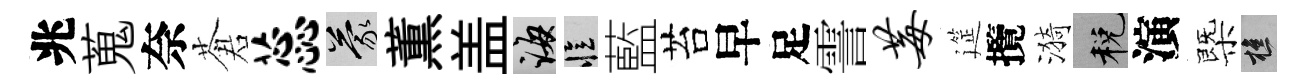
兆蒐奈蒼蕊蒙薫盖誨忆藍苔早足霅莓筵攬漪税演㮣樵